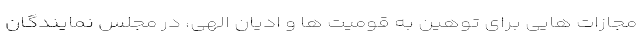
مجازات هایی برای توهین به قومیت ها و ادیان الهی، در مجلس نمایندگان